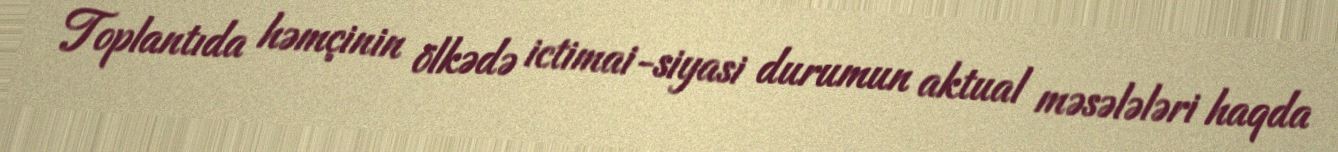
Toplantıda həmçinin ölkədə ictimai-siyasi durumun aktual məsələləri haqda